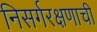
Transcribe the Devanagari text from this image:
निसर्गरक्षणाची